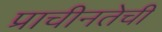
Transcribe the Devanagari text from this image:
प्राचीनतेची